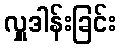
လှူဒါန်းခြင်း